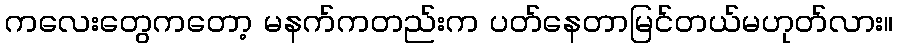
ကလေးတွေကတော့ မနက်ကတည်းက ပတ်နေတာမြင်တယ်မဟုတ်လား။